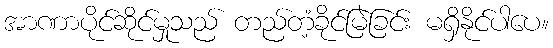
အာဏာပိုင်ဆိုင်မှုသည် တည်တံ့ခိုင်မြဲခြင်း မရှိနိုင်ပါပေ။